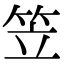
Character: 笠